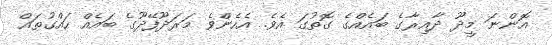
އޮންނަ މީދޫ ދާއިރާގެ ބައެއްގެ ގޮތުގަ އެވެ. އެހެންވެ މަރަދޫފޭދޫގެ ބައެއް ހައްގުތައް